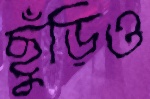
ছুঁড়িও